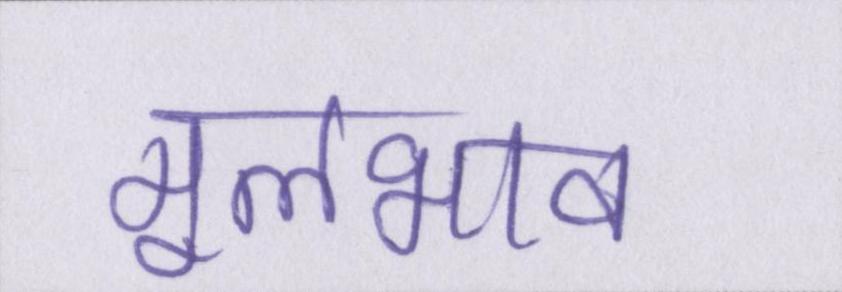
मूलभाव